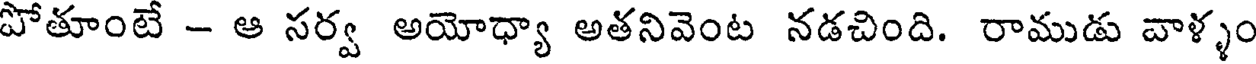
పోతూంటే - ఆ సర్వ అయోధ్యా అతనివెంట నడచింది. రాముడు వాళ్ళం